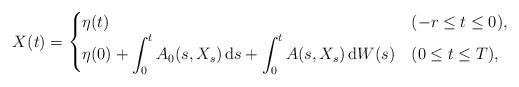
LaTeX: \begin{align*}X(t) = \begin{cases}\eta(t) & (-r \le t \le 0), \\\displaystyle \eta(0) + \int_0^t A_0 (s, X_s) \, \mbox{d}s + \int_0^t A (s, X_s) \, \mbox{d}W(s) & (0 \le t \le T), \end{cases}\end{align*}